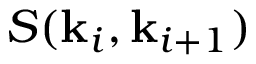
S ( \mathbf { k } _ { i } , \mathbf { k } _ { i + 1 } )